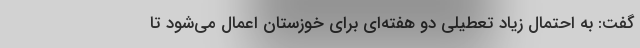
گفت: به احتمال زیاد تعطیلی دو هفته‌ای برای خوزستان اعمال می‌شود تا